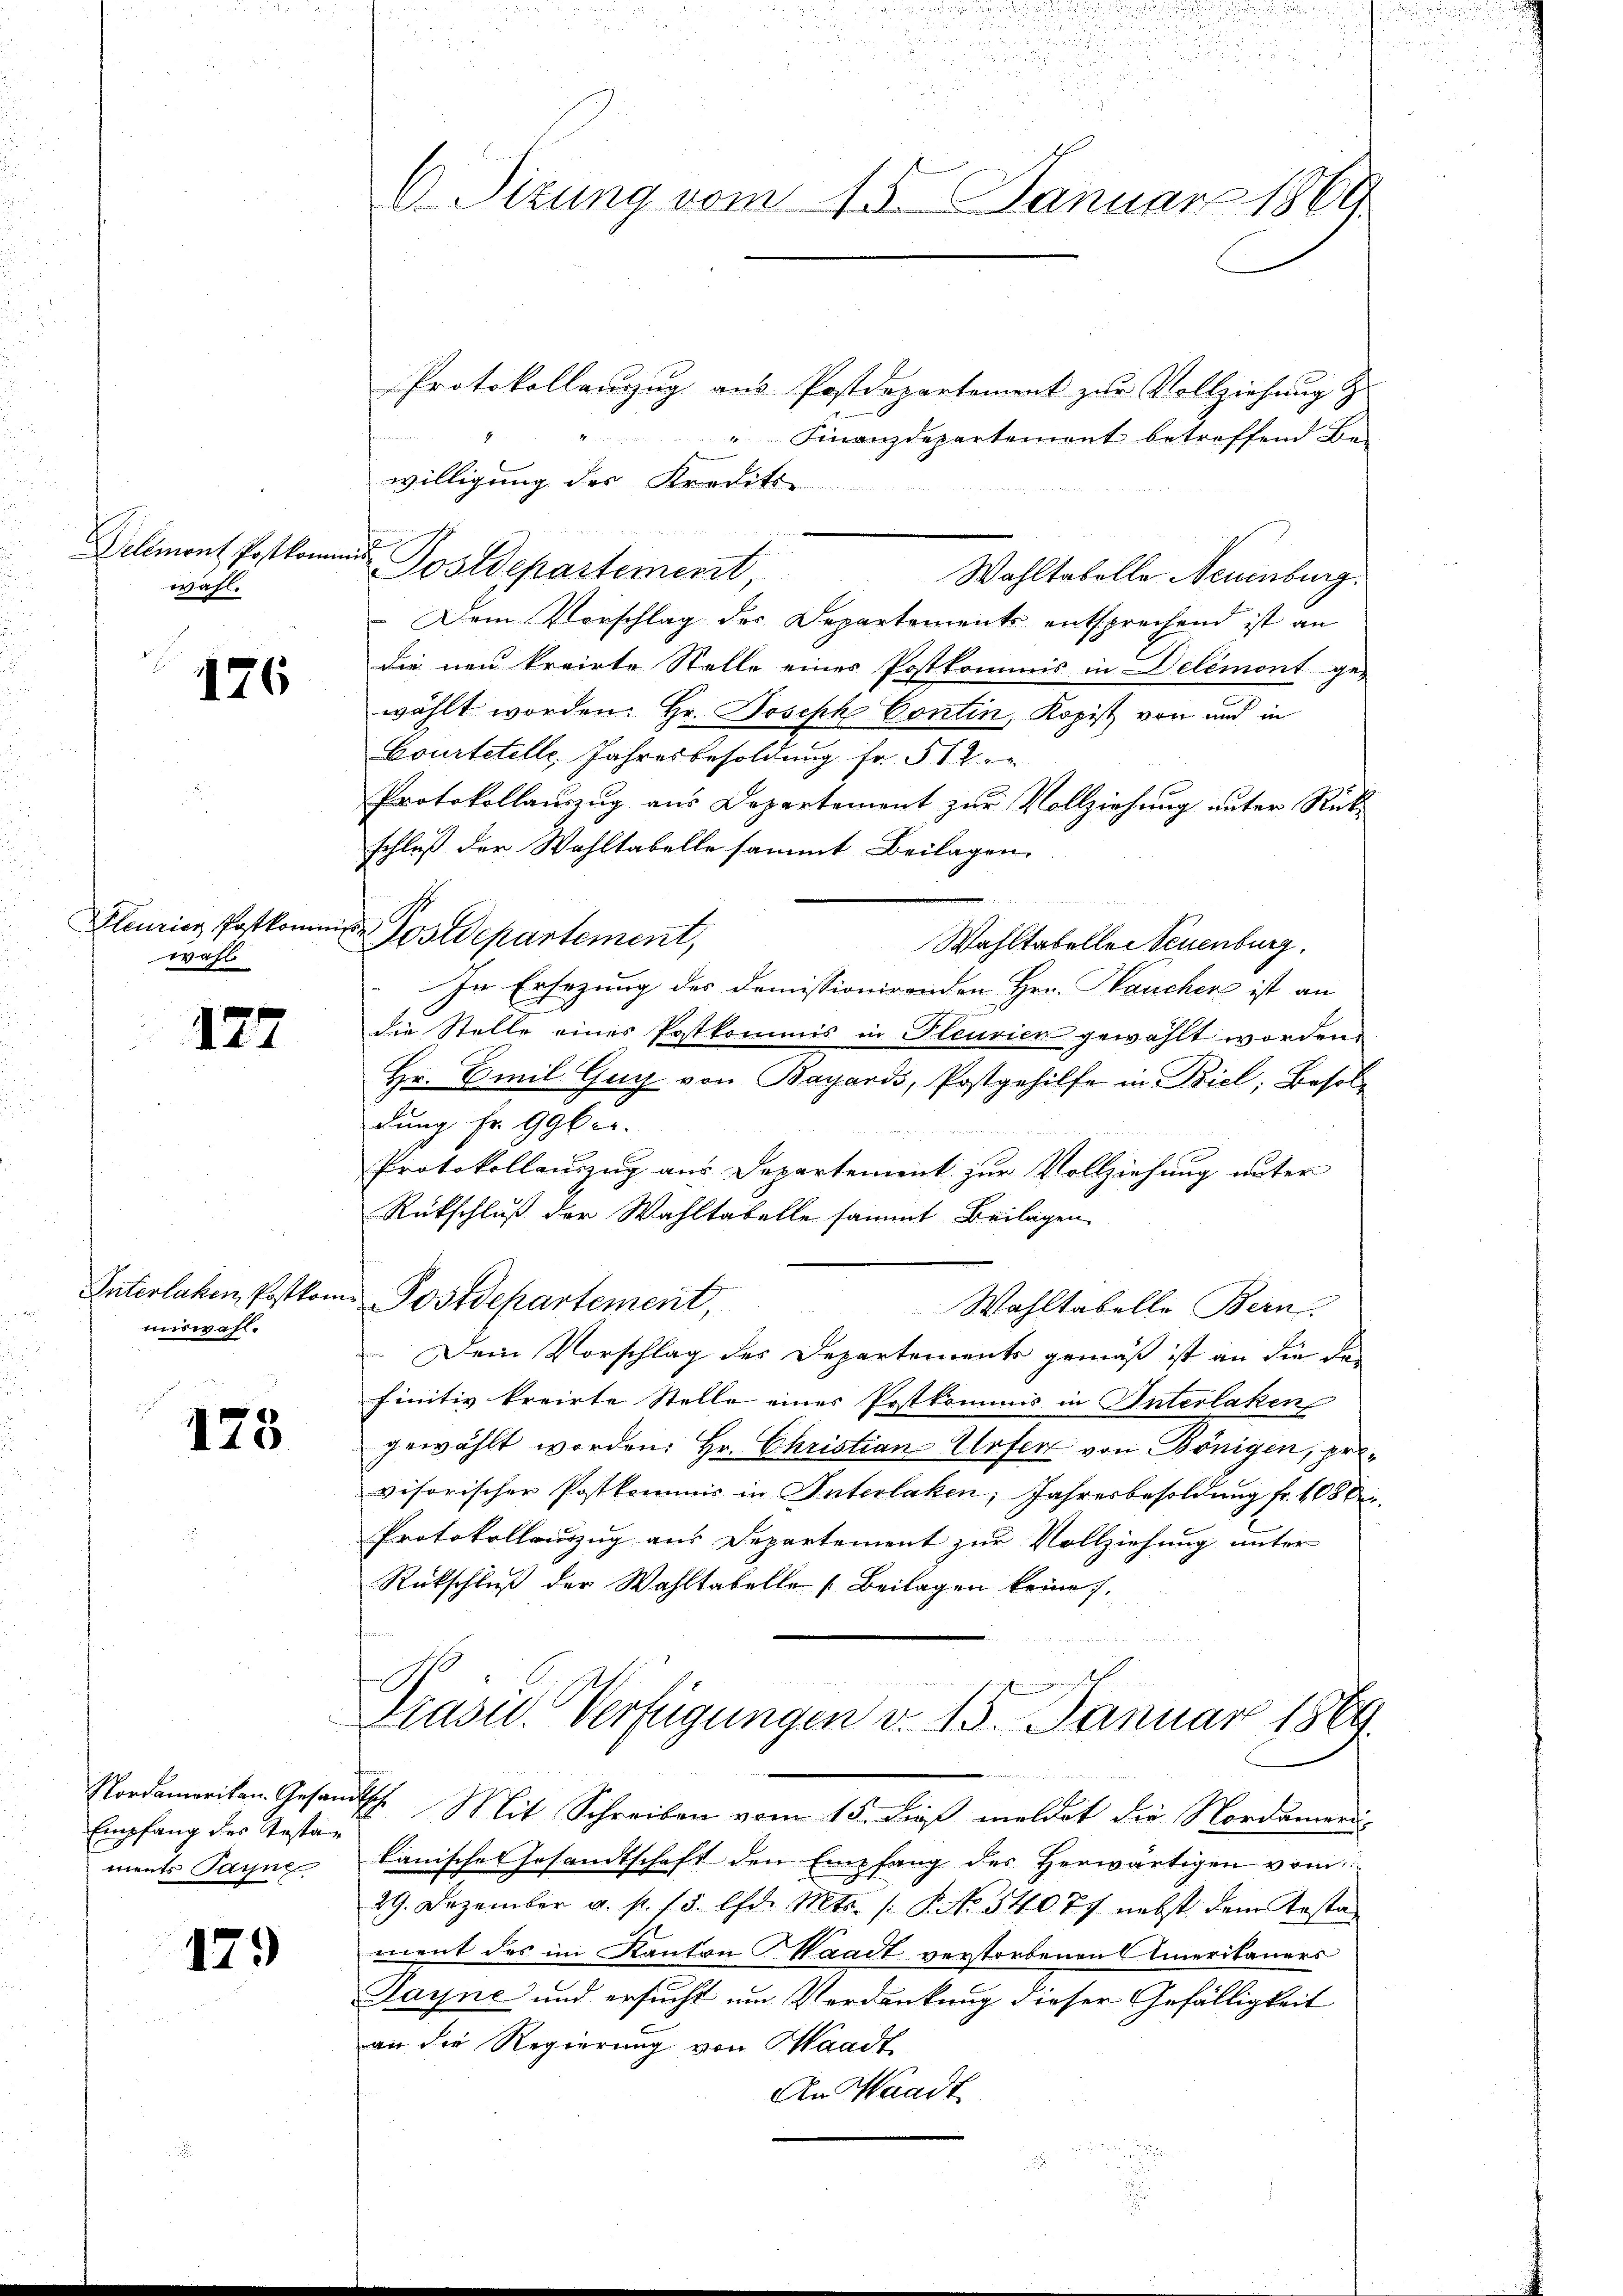
Delémont Postkom
wahl.

176

Pleuricz Postkomme
wahl

127

miswahl.

123

Empfang des Kostan
ments Jaune

129

d
C. Sizung vom 15. Januar 1869

Protokollauszug aus Postdepartement zur Vollziehung z
Finanzdepartement betreffend Be-
d
willigung des Kredits
mis
Postdepartement,
Wahltabelle Neuenburg.
Dem Vorschlag des Departements entsprechend ist an
die neu kreirte Stelle einer Postkommis in Delémont ge-
wählt worden. Hr. Joseph Contin, Kopist von und in
Courtetelle, Jahresbesoldung fr. § 12
Protokollauszug aus Departement zur Vollziehung unter Rückschluß der Wahltabelle sammt Beilagen.
i Postdepartement,
Wahltabelle neuenburg,
In Ersezung des domissionirenden Hrn. Paucher ist an
die Stelle eines Postkommis in Pleurien gewählt worden.
Hr. Emil Guy von Bayards, Postgehilfe in Biel, Besoldung fr. 996 u.
Protokollauszug aus Departement zur Vollziehung unter
Rückschluß der Wahltabelle sammt Beilagen
Interlaken, Postkom Postdepartement,
Wahltabelle Bern.
Dein Vorschlag des Departements gemäß ist an die da
finitiv kreirte Stelle einer Postkommnis in Interlaken,
gewählt worden. Hr. Christian-Urser von Königen, privisorischer Postkommis in Interlaken, Jahresbesoldung fr. 108 b
Protokollauszug aus Departement zur Vollziehung unter
Rückschluß der Wahltabelle [Beilagen keine.

Präsid. Verfügungen v. 15. Januar 1869.

Nordameriten Gesandtsch. Mit Schreiben vom 15. dieß meldet die Nordamerikanische Gesandtschaft den Empfang des Herwärtigen vom
29. Dezember a. p. 15. lfd. Mts. /: P. No. 5407. nebst dem Testament des im Kanton Waadt verstorbenen Ameritaners
Sayne und ersucht um Verdankung dieser Gefälligkeit
an die Regierung von Waadt
An Waadt